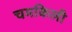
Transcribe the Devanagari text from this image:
चमकिली